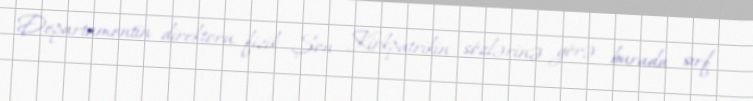
Departamentin direktoru, fizik Şon Kirkpatrikin sözlərinə görə, burada sırf